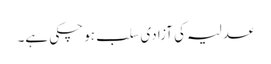
عدلیہ کی آزادی سلب ہو چکی ہے۔